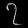
Digit: ၇